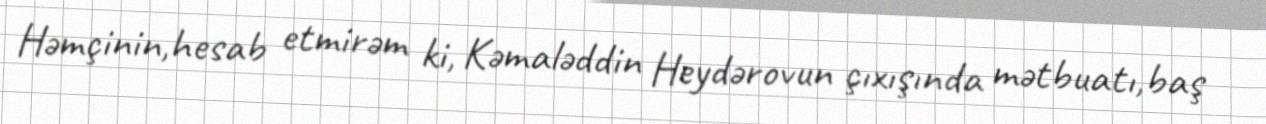
Həmçinin,hesab etmirəm ki, Kəmaləddin Heydərovun çıxışında mətbuatı,baş